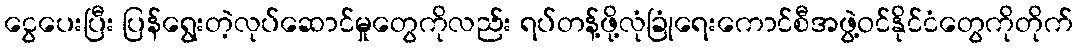
ငွေပေးပြီး ပြန်ရွေးတဲ့လုပ်ဆောင်မှုတွေကိုလည်း ရပ်တန့်ဖို့လုံခြုံရေးကောင်စီအဖွဲ့ဝင်နိုင်ငံတွေကိုတိုက်